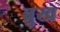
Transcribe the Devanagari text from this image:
ब्रुख